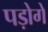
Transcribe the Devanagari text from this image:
पड़ोगे